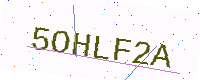
Text: 5OHLF2A